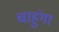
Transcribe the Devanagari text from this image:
चाहुंगा